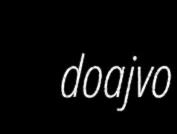
doajvo